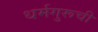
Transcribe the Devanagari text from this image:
धर्मगुरूची